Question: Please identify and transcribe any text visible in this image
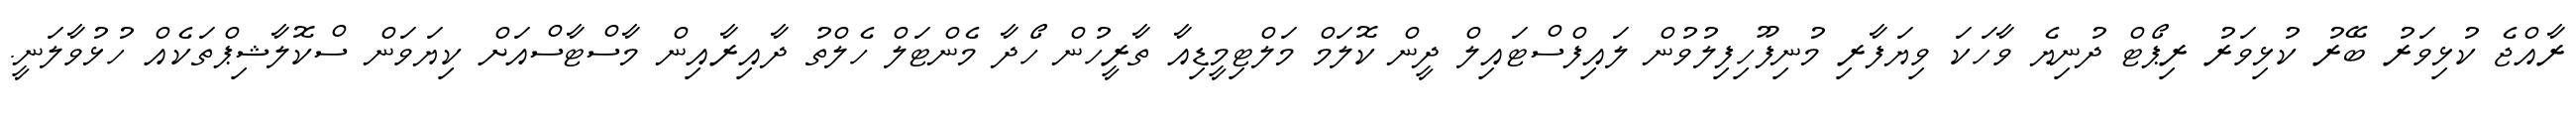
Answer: ރާއްޖެ ކުޅިވަރު ބޭރު ކުޅިވަރު ރިޕޯޓް ދުނިޔެ ވާހަކަ ވިޔަފާރި މުނިފޫހިފިލުވުން ލައިފްސްޓައިލް ދީން ކޮލަމް މަލްޓިމީޑިއާ ތާރީހުން ހޯދާ މެންޓަލް ހެލްތު ދާއިރާއިން މާސްޓާސްއަށް ކިޔަވަން ސްކޮލާޝިޕްތަކެއް ހުޅުވާލަނީ.